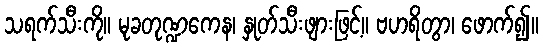
သရက်သီးကို။ မုခတုဏ္ဍကေန၊ နှုတ်သီးဖျားဖြင့်။ ဗဟရိတွာ၊ ဖောက်၍။